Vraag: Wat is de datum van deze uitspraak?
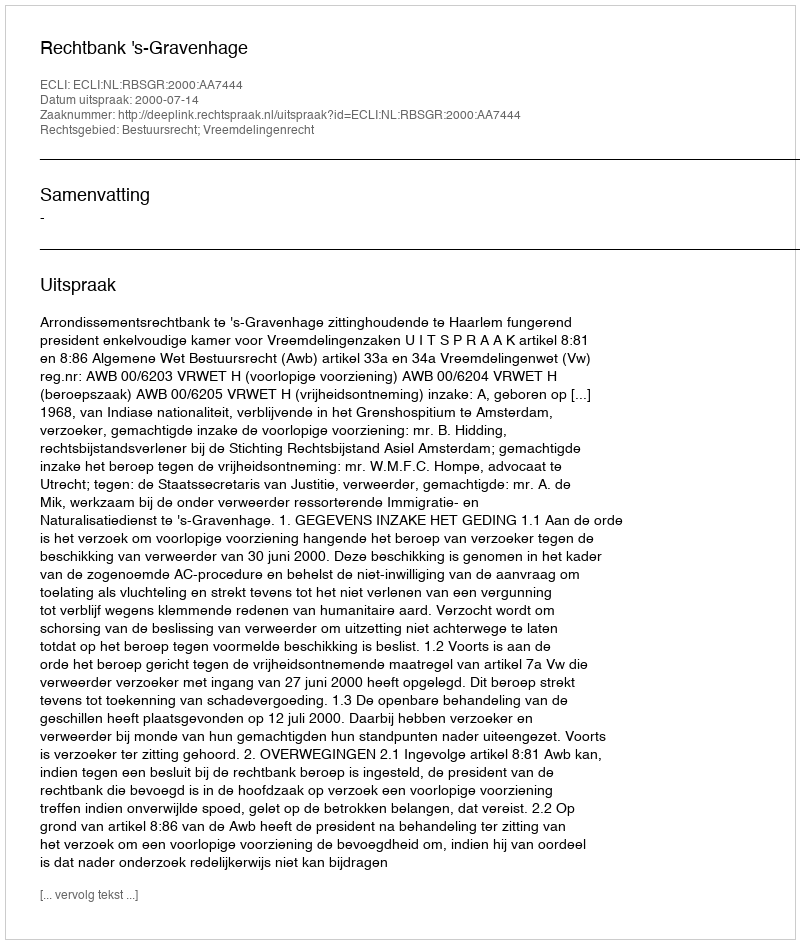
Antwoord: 2000-07-14